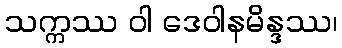
သက္ကဿ ဝါ ဒေဝါနမိန္ဒဿ၊